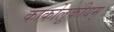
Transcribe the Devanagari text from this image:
काकोलूकीयम्